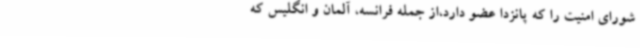
شورای امنیت را که پانزدا عضو دارد،از جمله فرانسه، آلمان و انگلیس که